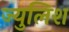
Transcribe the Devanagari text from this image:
ज्युलिश